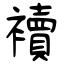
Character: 襩